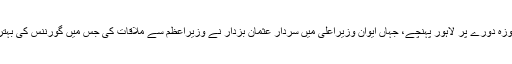
لاہور: وزیراعظم عمران خان ایک روزہ دورے پر لاہور پہنچے، جہاں ایوان وزیراعلیٰ میں سردار عثمان بزدار نے وزیراعظم سے ملاقات کی جس میں گورننس کی بہتری کے لیے اقدامات پر غور کیا گیا۔